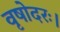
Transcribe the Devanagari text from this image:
वृषोदरः।